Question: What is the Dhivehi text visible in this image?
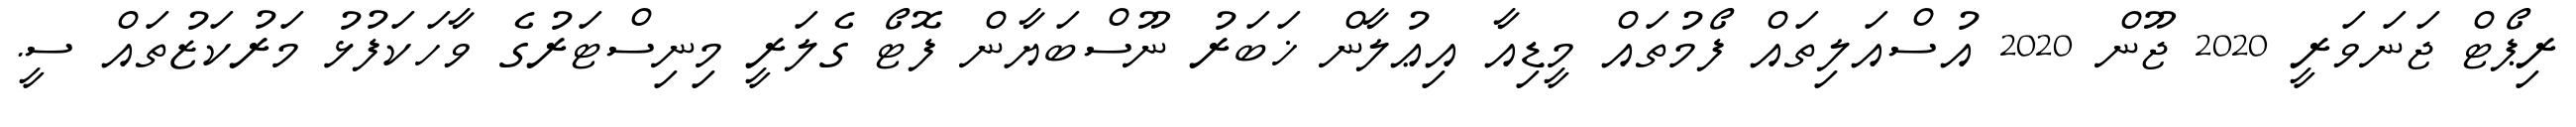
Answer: ރިޕޯޓް ޖަނަވަރީ 2020 ޖޫން 2020 އުސްއަލިތައް ފޯމުތައް މީޑިއާ އިޢުލާން ޚަބަރު ނޫސްބަޔާން ފޮޓޯ ގެލަރީ މިނިސްޓަރުގެ ވާހަކަފުޅު މަރުކަޒުތައް ސީ.